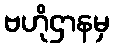
ဗဟိုဌာနမှ